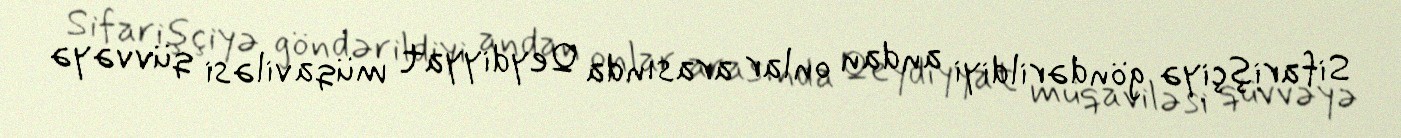
Sifarişçiyə göndərildiyi andan onlar arasında Qeydiyyat müqaviləsi qüvvəyə